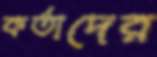
কর্তাদের